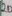
Text: 20